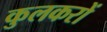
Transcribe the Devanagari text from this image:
कुलकरों